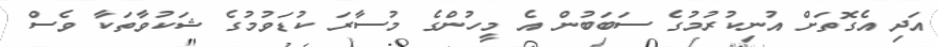
އަދި އެގޮތަށް އުނިކުރުމުގެ ސަބަބުން އެ މީހުންގެ މުސާރަ ކުޑަވުމުގެ ޝަކުވާތަކާ ވެސް